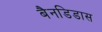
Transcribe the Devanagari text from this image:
बैनडिडास